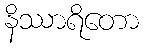
နိဿာရိတော